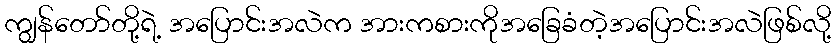
ကျွန်တော်တို့ရဲ့ အပြောင်းအလဲက အားကစားကိုအခြေခံတဲ့အပြောင်းအလဲဖြစ်လို့